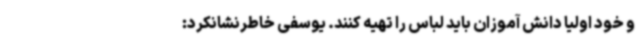
و خود اولیا دانش آموزان باید لباس را تهیه کنند. یوسفی خاطرنشانکرد: